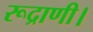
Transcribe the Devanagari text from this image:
रूद्राणी।